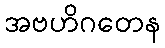
အဗဟိဂတေန